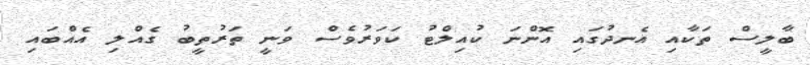
ބާލީސް ތަކާއި އެނދުގައި އޮންނަ ކުއިލްޓު ކަވަރުވެސް ވަނީ ތަރުތީބު ގެއްލި އެއްބައި